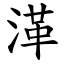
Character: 㴖